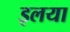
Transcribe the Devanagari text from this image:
इलया